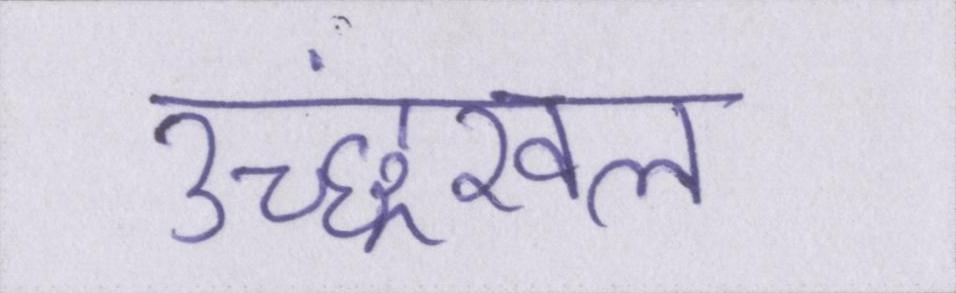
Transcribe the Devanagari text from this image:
उच्छ्रंखल